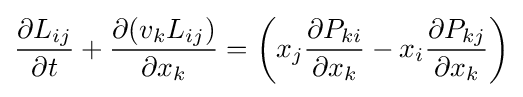
{\frac {\partial L_{ij}}{\partial t}}+{\frac {\partial (v_{k}L_{ij})}{\partial x_{k}}}=\left(x_{j}{\frac {\partial P_{ki}}{\partial x_{k}}}-x_{i}{\frac {\partial P_{kj}}{\partial x_{k}}}\right)